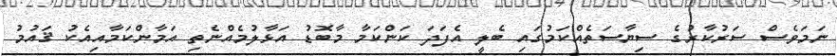
ނަމަވެސް ސަރުކާރުގެ ސިޔާސަތެއްކަމުގައި ބެލީ އެފަދަ ކަންކަމާ މާބޮޑު އަޅާލުމެއްނެތި އަމާންކަމާއިއެކު ޤައުމު